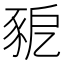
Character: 豟